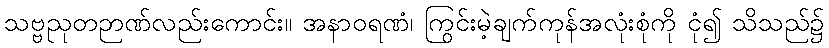
သဗ္ဗညုတဉာဏ်လည်းကောင်း။ အနာဝရဏံ၊ ကြွင်းမဲ့ချက်ကုန်အလုံးစုံကို ငုံ၍ သိသည်၌